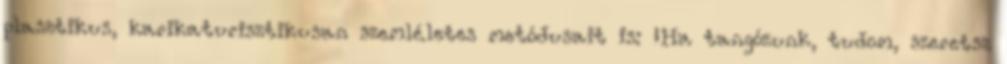
plasztikus, karikaturisztikusan szemléletes metódusait is: „Ha tangózunk, tudom, szeretsz